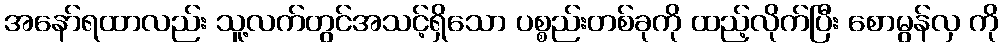
အနော်ရထာလည်း သူ့လက်တွင်အသင့်ရှိသော ပစ္စည်းတစ်ခုကို ထည့်လိုက်ပြီး စောမွန်လှ ကို